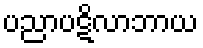
ပညာပဋိလာဘာယ